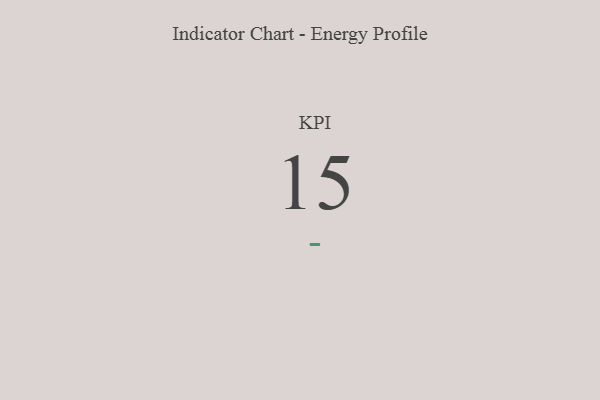
{"axis": {"x": "KPI", "y": "Value"}, "legend": [""], "data": [{"x": "KPI", "y": 15, "type": ""}]}